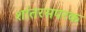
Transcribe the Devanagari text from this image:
शांतरसपरक